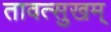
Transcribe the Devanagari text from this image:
तावत्सुखम्